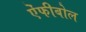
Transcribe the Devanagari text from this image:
ऐंफीबोल